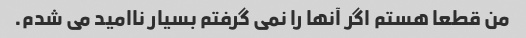
من قطعا هستم اگر آنها را نمی گرفتم بسیار ناامید می شدم.